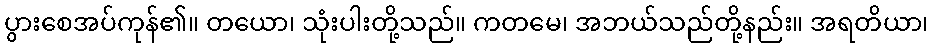
ပွားစေအပ်ကုန်၏။ တယော၊ သုံးပါးတို့သည်။ ကတမေ၊ အဘယ်သည်တို့နည်း။ အရတိယာ၊